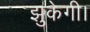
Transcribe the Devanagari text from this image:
झुकेगी।